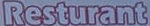
Resturant